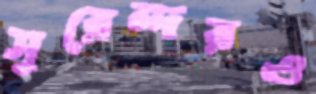
সুরেন্দরও